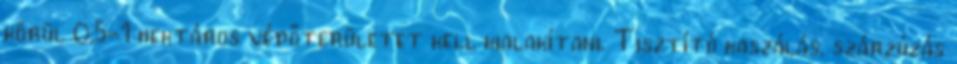
körül 0,5-1 hektáros védőterületet kell kialakítani. Tisztító kaszálás, szárzúzás